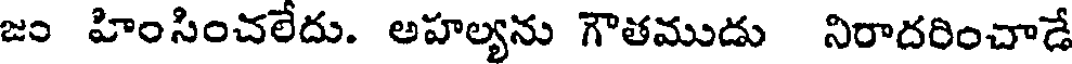
జం హింసించలేదు. అహల్యను గౌతముడు నిరాదరించాడే